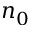
n _ { 0 }